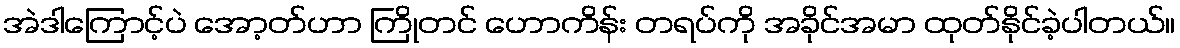
အဲဒါကြောင့်ပဲ အော့တ်ဟာ ကြိုတင် ဟောကိန်း တရပ်ကို အခိုင်အမာ ထုတ်နိုင်ခဲ့ပါတယ်။